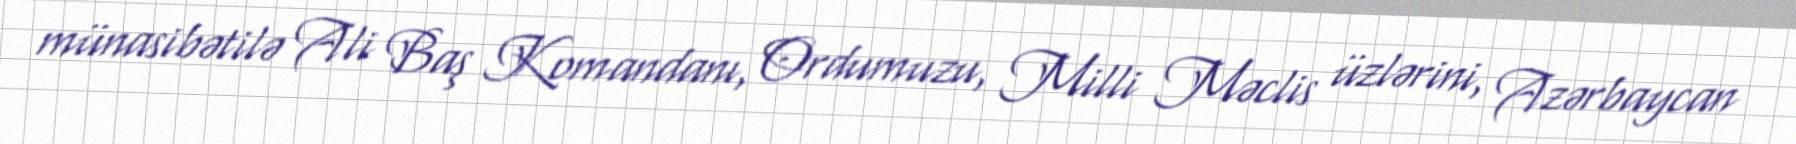
münasibətilə Ali Baş Komandanı, Ordumuzu, Milli Məclis üzlərini, Azərbaycan